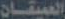
العميقان